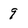
Character: 9